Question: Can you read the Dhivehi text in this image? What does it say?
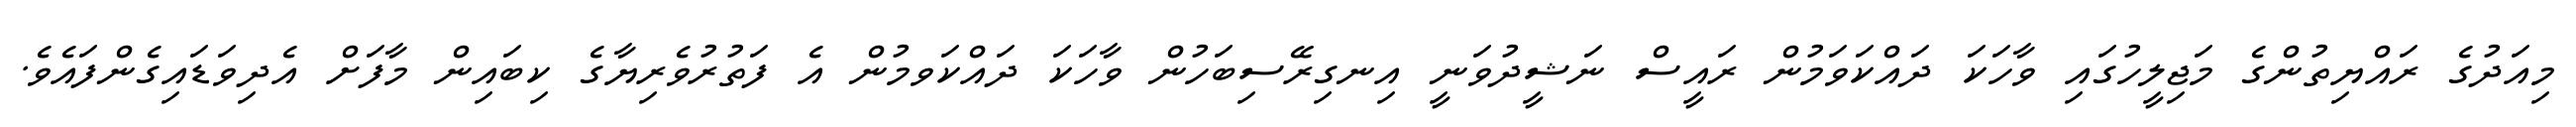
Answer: މިއަދުގެ ރައްޔިތުންގެ މަޖިލީހުގައި ވާހަކަ ދައްކަވަމުން ރައީސް ނަޝީދުވަނީ އިނގިރޭސިބަހުން ވާހަކަ ދައްކަވމުން އެ ފަތުރުވެރިޔާގެ ކިބައިން މާފަށް އެދިވަޑައިގެންފައެވެ.